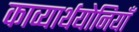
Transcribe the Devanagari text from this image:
काव्यार्थयोनियाँ